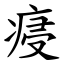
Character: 㾛